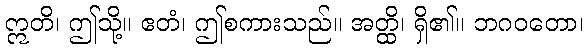
ဣတိ၊ ဤသို့။ ဧတံ၊ ဤစကားသည်။ အတ္ထိ၊ ရှိ၏။ ဘဂဝတော၊